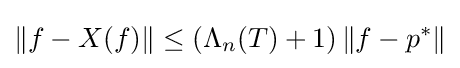
\|f-X(f)\|\leq (\Lambda _{n}(T)+1)\left\|f-p^{*}\right\|